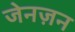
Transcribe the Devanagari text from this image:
जेनज़न